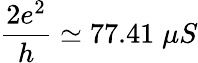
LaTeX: {\frac{2e^{2}}{h}}\simeq 77.41\; \mu S